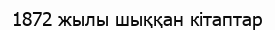
1872 жылы шыққан кітаптар